Civil Veterinary Department. Madras. Admin. report 1926-33 - 1926-1933
Year: 1926
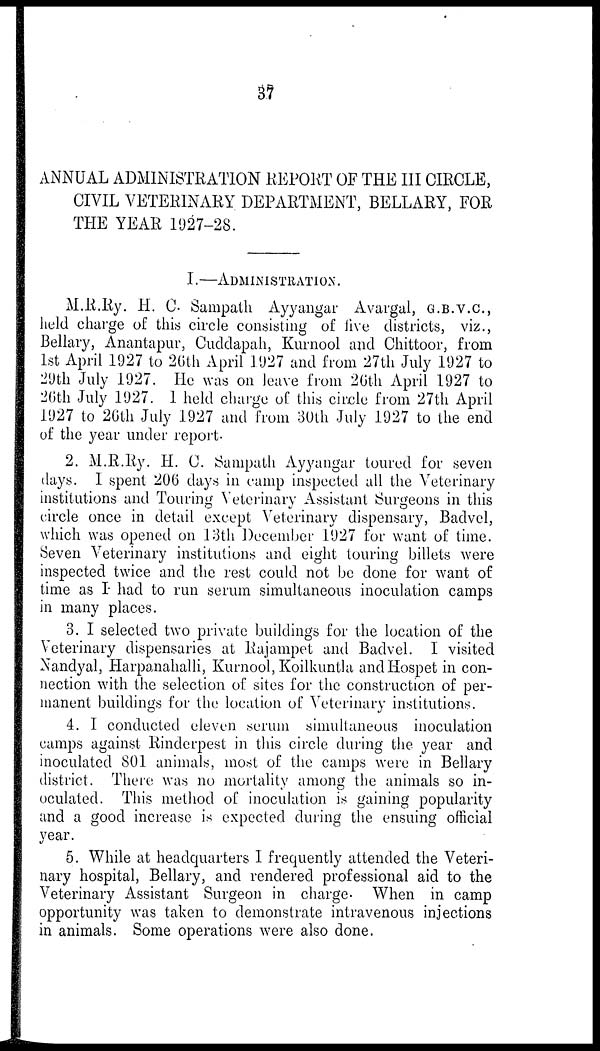
37
ANNUAL ADMINISTRATION REPORT OF THE III CIRCLE,
CIVIL VETERINARY DEPARTMENT, BELLARY, FOR
THE YEAR 1927-28.
I.—ADMINISTRATION.
M.R.Ry. H. C. Sampath Ayyangar Avargal, G.B.V.C.,
held charge of this circle consisting of five districts, viz.,
Bellary, Anantapur, Cuddapah, Kurnool and Chittoor, from
1st April 1927 to 20th April 1927 and from 27th July 1927 to
29th July 1927. He was on leave from 20th April 1927 to
20th July 1927. I held charge of this circle from 27th April
1927 to 26th July 1927 and from 30th July 1927 to the end
of the year under report.
2. M.R.Ry. H. C. Sampath Ayyangar toured for seven
days. I spent 206 days in camp inspected all the Veterinary
institutions and Touring Veterinary Assistant Surgeons in this
circle once in detail except Veterinary dispensary, Badvel,
which was opened on 13th December 1927 for want of time.
Seven Veterinary institutions and eight touring billets were
inspected twice and the rest could not be done for want of
time as I had to run serum simultaneous inoculation camps
in many places.
3. I selected two private buildings for the location of the
Veterinary dispensaries at Rajampet and Badvel. I visited
Nandyal, Harpanahalli, Kurnool, Koilkuntla and Hospet in con-
nection with the selection of sites for the construction of per-
manent buildings for the location of Veterinary institutions.
4. I conducted eleven serum simultaneous inoculation
camps against Rinderpest in this circle during the year and
inoculated 801 animals, most of the camps were in Bellary
district. There was no mortality among the animals so in-
oculated. This method of inoculation is gaining popularity
and a good increase is expected during the ensuing official
year.
5. While at headquarters I frequently attended the Veteri-
nary hospital, Bellary, and rendered professional aid to the
Veterinary Assistant Surgeon in charge. When in camp
opportunity was taken to demonstrate intravenous injections
in animals. Some operations were also done.